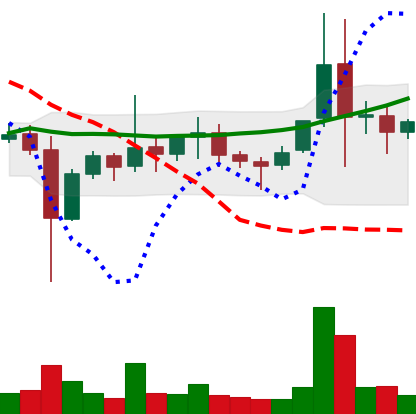
Ticker: ETC-USD
Chart end date: 2021-11-13
Forward return: -14.047%
Label: down_7plus